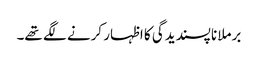
برملا ناپسندیدگی کا اظہار کرنے لگے تھے۔